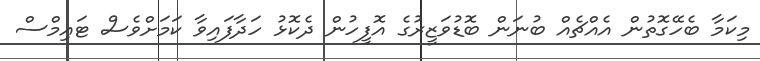
މިކަމާ ބެހޭގޮތުން އެއްޗެއް ބުނަން ބޮޑުވަޒީރުގެ އޮފީހުން ދެކޮޅު ހަދާފައިވާ ކަމަށްވެސް ޓައިމްސް